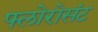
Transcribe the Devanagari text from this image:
फ्लोरोसंट